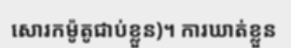
សោរកម៉ូតូជាប់ខ្លួន)។ ការឃាត់ខ្លួន